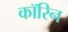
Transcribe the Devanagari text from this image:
कॉरिन